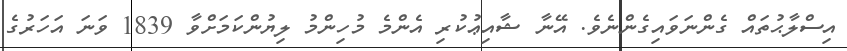
އިސްލާޙުތައް ގެންނަވައިގެންނެވެ. އޭނާ ޝާއިޢުކުރި އެންމެ މުހިންމު ލިޔުންކަމަށްވާ 1839 ވަނަ އަހަރުގެ